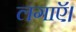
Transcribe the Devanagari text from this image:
लगाऍ।